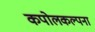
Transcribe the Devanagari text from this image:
कपोलकल्पना